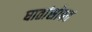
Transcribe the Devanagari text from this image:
घातांसोबत